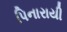
પિનારાયી